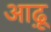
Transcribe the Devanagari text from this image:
आढ़ू